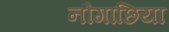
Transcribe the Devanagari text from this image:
नौगाछिया